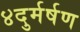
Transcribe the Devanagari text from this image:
४दुर्मर्षण